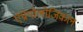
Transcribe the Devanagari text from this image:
एंथ्रोपोलोजिकल